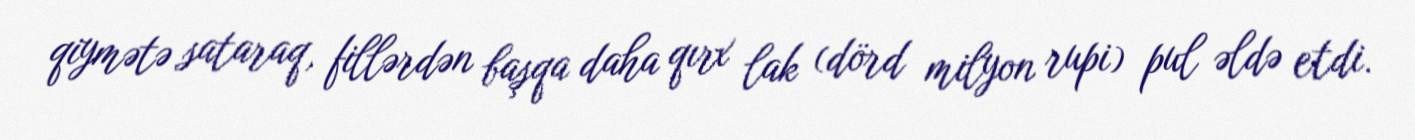
qiymətə sataraq, fillərdən başqa daha qırx lak (dörd milyon rupi) pul əldə etdi.